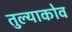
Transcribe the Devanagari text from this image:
तुल्याकोव